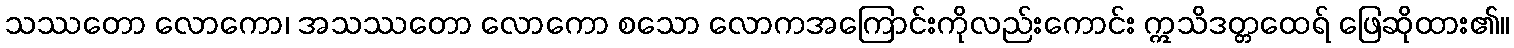
သဿတော လောကော၊ အသဿတော လောကော စသော လောကအကြောင်းကိုလည်းကောင်း ဣသိဒတ္တထေရ် ဖြေဆိုထား၏။